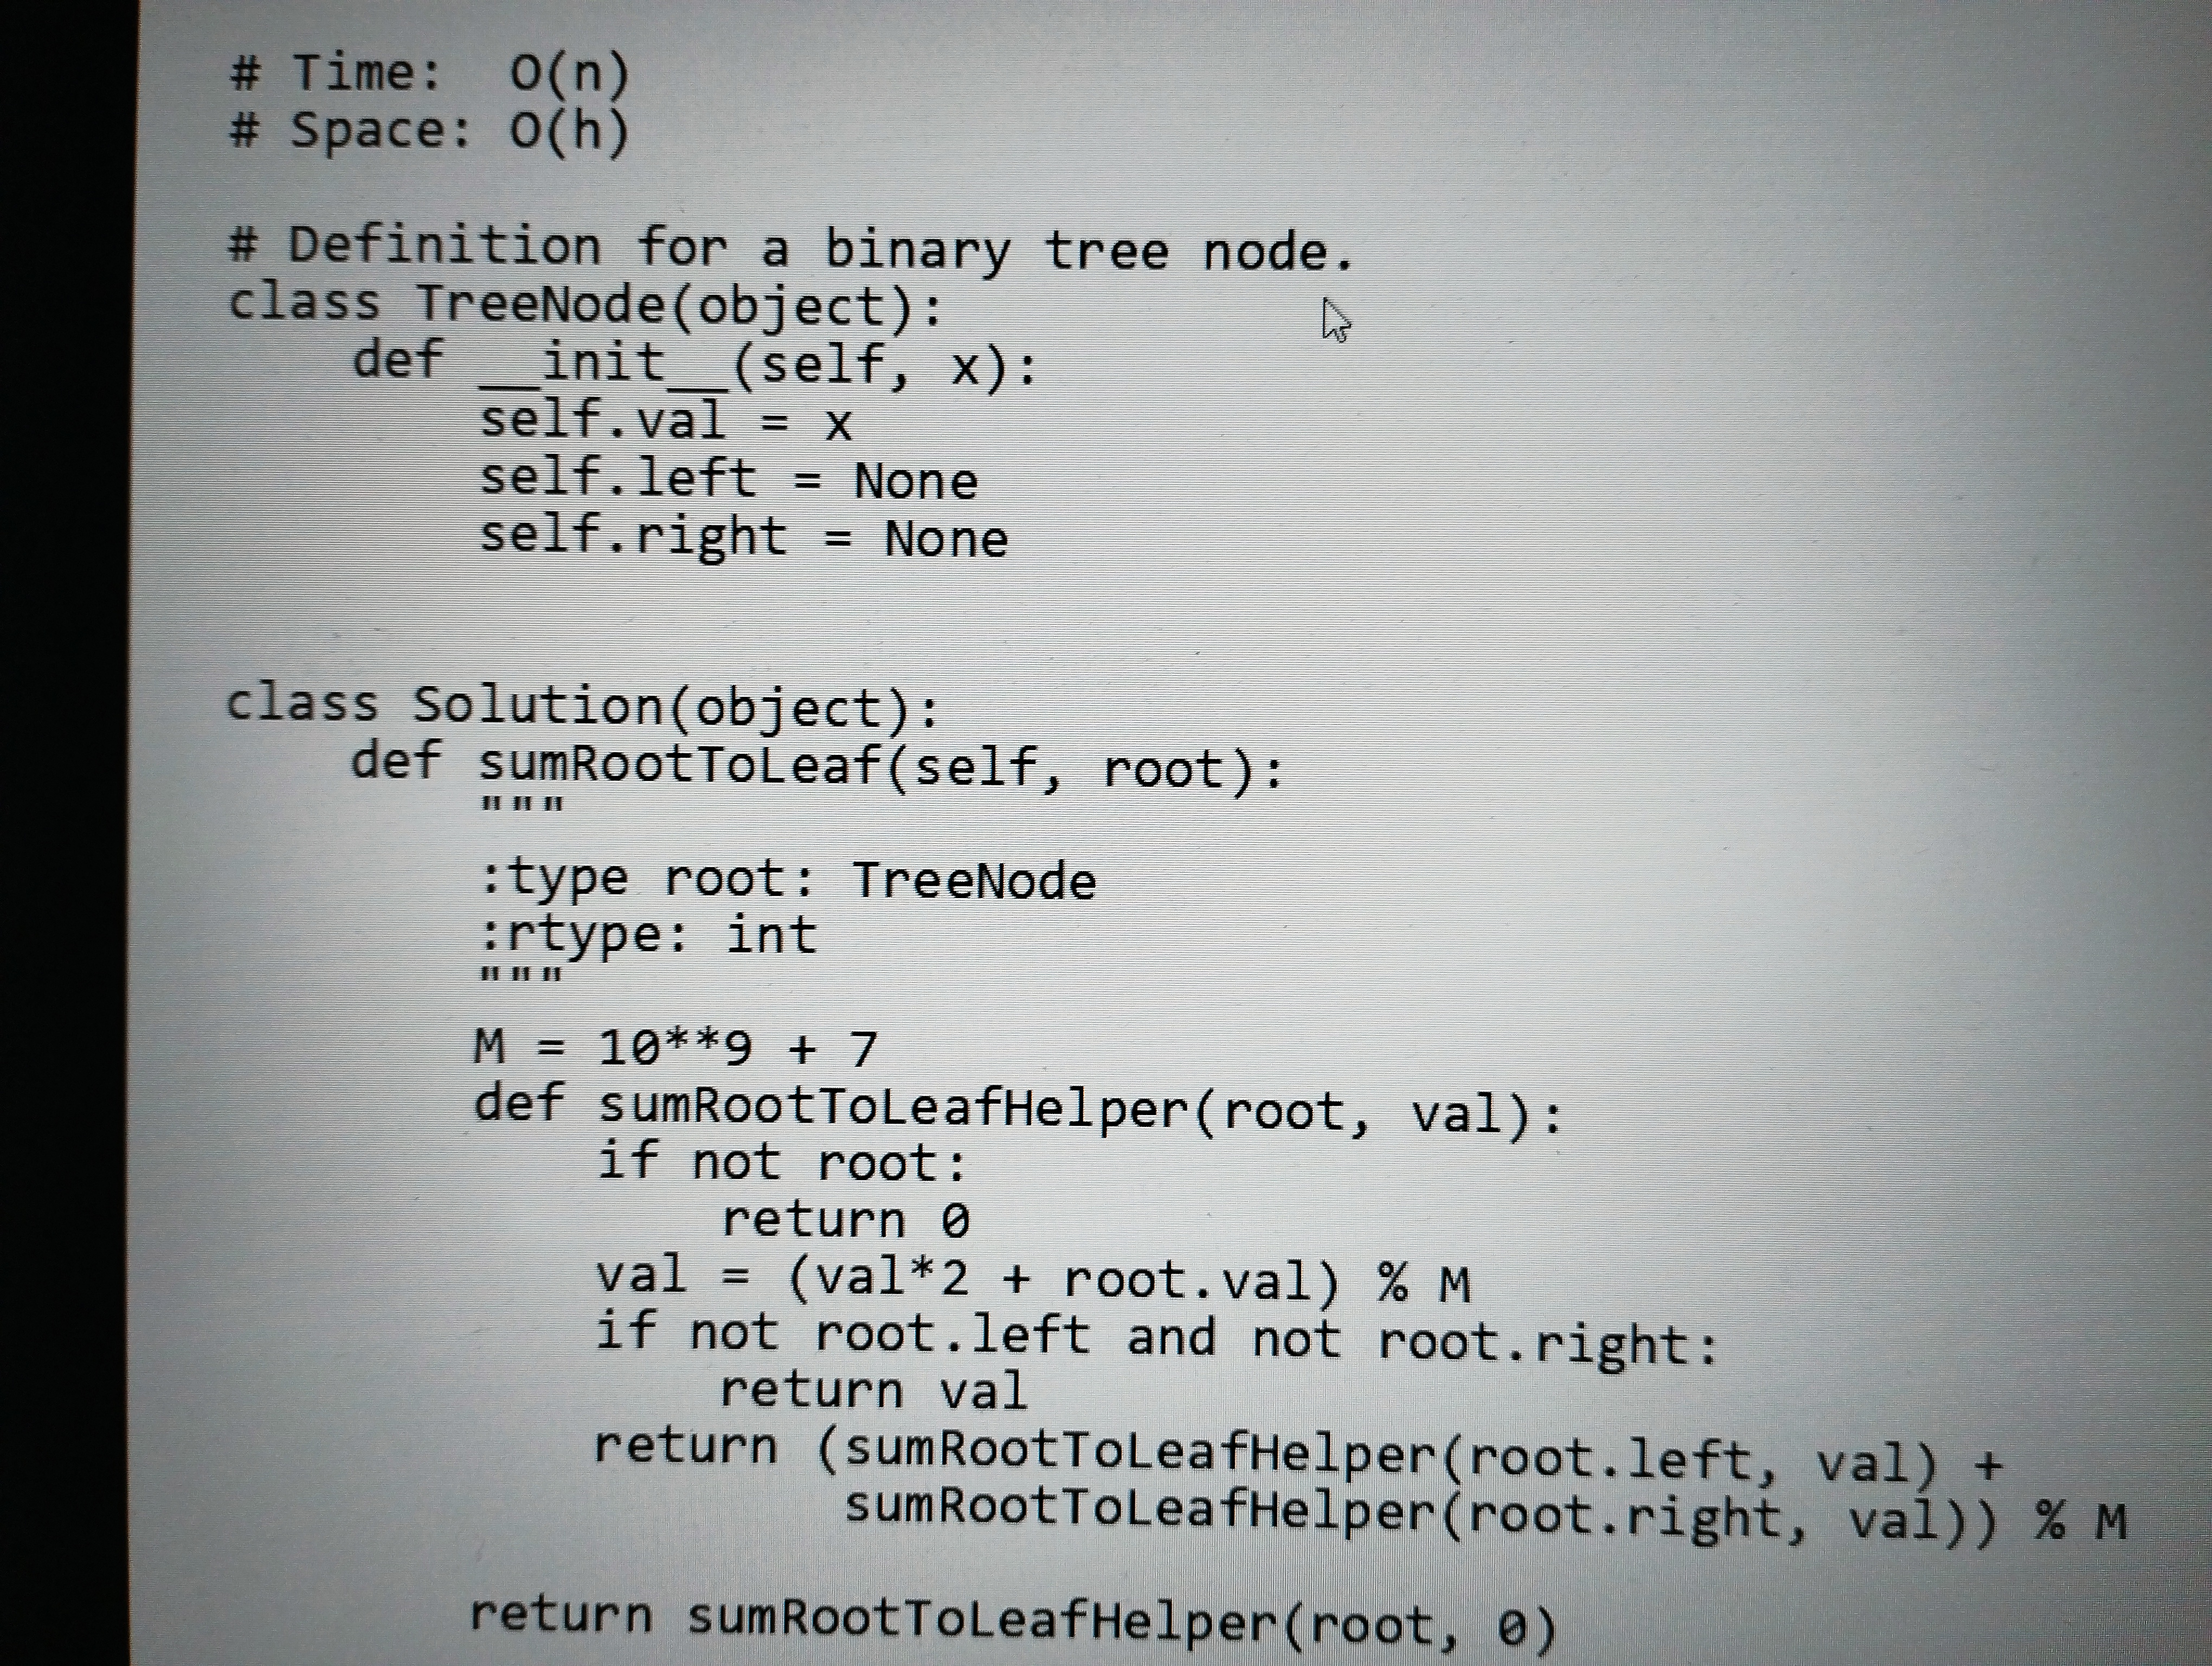
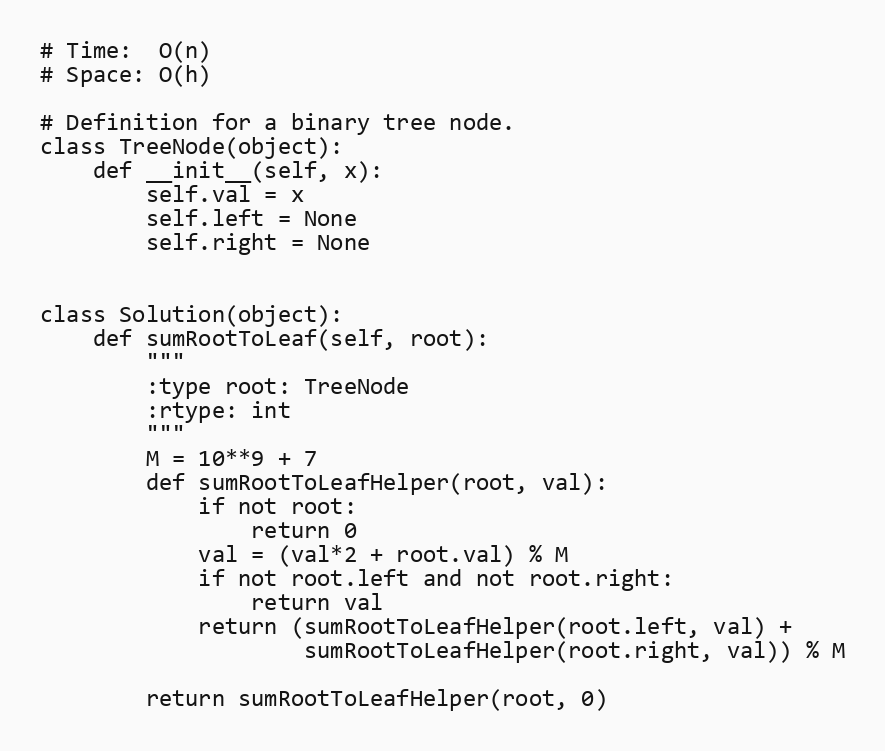
# Time:  O(n)
# Space: O(h)

# Definition for a binary tree node.
class TreeNode(object):
    def __init__(self, x):
        self.val = x
        self.left = None
        self.right = None

class Solution(object):
    def sumRootToLeaf(self, root):
        """
        :type root: TreeNode
        :rtype: int
        """
        M = 10**9 + 7
        def sumRootToLeafHelper(root, val):
            if not root:
                return 0
            val = (val*2 + root.val) % M
            if not root.left and not root.right:
                return val
            return (sumRootToLeafHelper(root.left, val) +
                    sumRootToLeafHelper(root.right, val)) % M

        return sumRootToLeafHelper(root, 0)